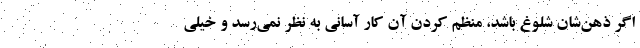
اگر ذهن‌شان شلوغ باشد، منظم کردن آن کار آسانی به نظر نمی‌رسد و خیلی